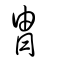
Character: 冑